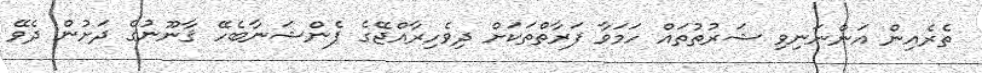
ތެރެއިން އަންނަނިވި ޝަރުތުތައް ހަމަވާ ފަރާތްތަކަށް ދިވެހިރާއްޖޭގެ ޕެންޝަނާބެހޭ ޤާނޫނުގެ ދަށުން ދެވޭ